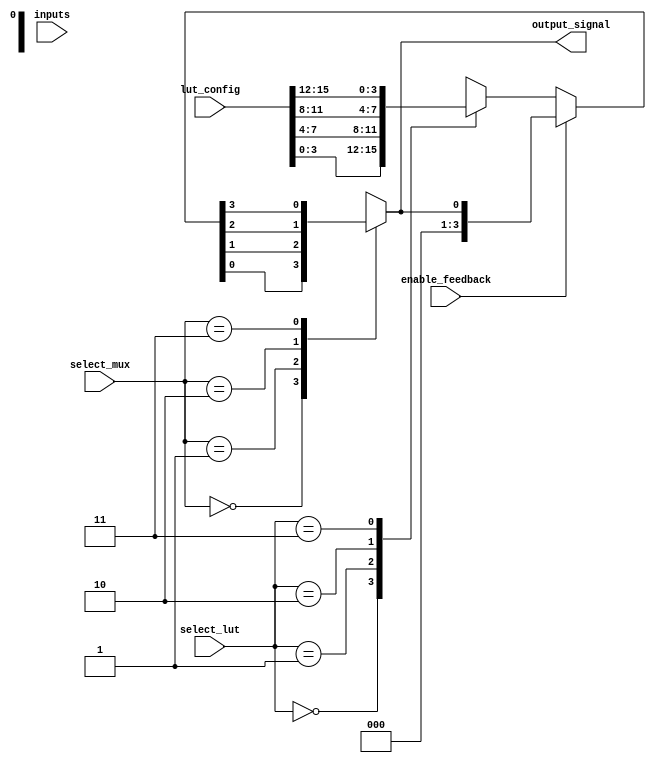
module CLB (
    input wire [3:0] inputs,          // Input lines (4-bit input)
    input wire [1:0] select_lut,      // Select signal for LUTs
    input wire [1:0] select_mux,       // Select signal for MUX
    input wire [15:0] lut_config,      // LUT configuration (16-bit for 4-input LUTs)
    input wire enable_feedback,         // Control signal for feedback
    output wire output_signal           // Output line
);

// LUT implementation (4-input LUT)
reg [3:0] lut_out [3:0]; // 4 LUTs, each with 4-bit output
integer i;

always @(*) begin
    for (i = 0; i < 4; i = i + 1) begin
        lut_out[i] = lut_config[i * 4 +: 4]; // Extract 4 bits for each LUT
    end
end

// MUX implementation
wire [3:0] mux_input;
assign mux_input = (enable_feedback) ? output_signal : lut_out[select_lut];

reg output_reg;
always @(*) begin
    case (select_mux)
        2'b00: output_reg = mux_input[0];
        2'b01: output_reg = mux_input[1];
        2'b10: output_reg = mux_input[2];
        2'b11: output_reg = mux_input[3];
        default: output_reg = 1'b0; // Default case
    endcase
end

assign output_signal = output_reg;

endmodule